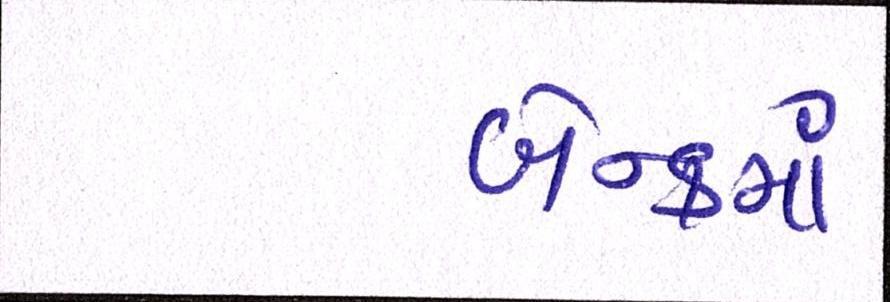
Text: બૅન્કમાં